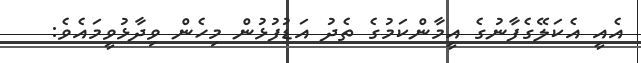
އެއީ އެކަލޭގެފާނުގެ އީމާންކަމުގެ ތެދު އަޑުފުޅުން މިހެން ވިދާޅުވީމައެވެ: